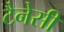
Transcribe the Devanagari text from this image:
टैनेसी